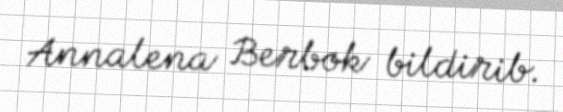
Annalena Berbok bildirib.